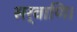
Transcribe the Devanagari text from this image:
सर्वाणि।